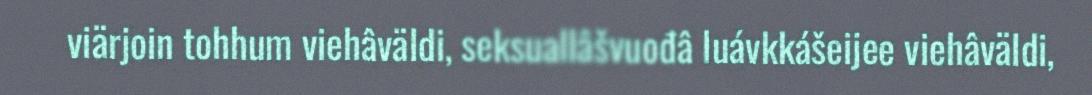
viärjoin tohhum viehâväldi, seksuallâšvuođâ luávkkášeijee viehâväldi,